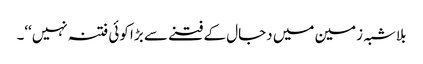
بلاشبہ زمین میں دجال کے فتنے سے بڑا کوئی فتنہ نہیں‘‘۔